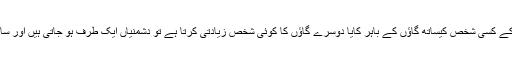
وہ رو رہا تھا اور کہہ رہا تھا کہ تو تو چلا گیا میں اب کس سے دشمنی جاری رکھونگا اور جب گاؤں کے کسی شخص کیساتھ گاؤں کے باہر کایا دوسرے گاؤں کا کوئی شخص زیادتی کرتا ہے تو دشمنیاں ایک طرف ہو جاتی ہیں اور سارا گاؤں باہر والے کے سر ہو جاتا ہے کہ اُس نے ہمارے ایک ’’ کلی وال ‘‘ کے ساتھ زیادتی کیوں کی۔